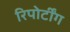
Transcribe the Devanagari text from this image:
रिपोर्टींग